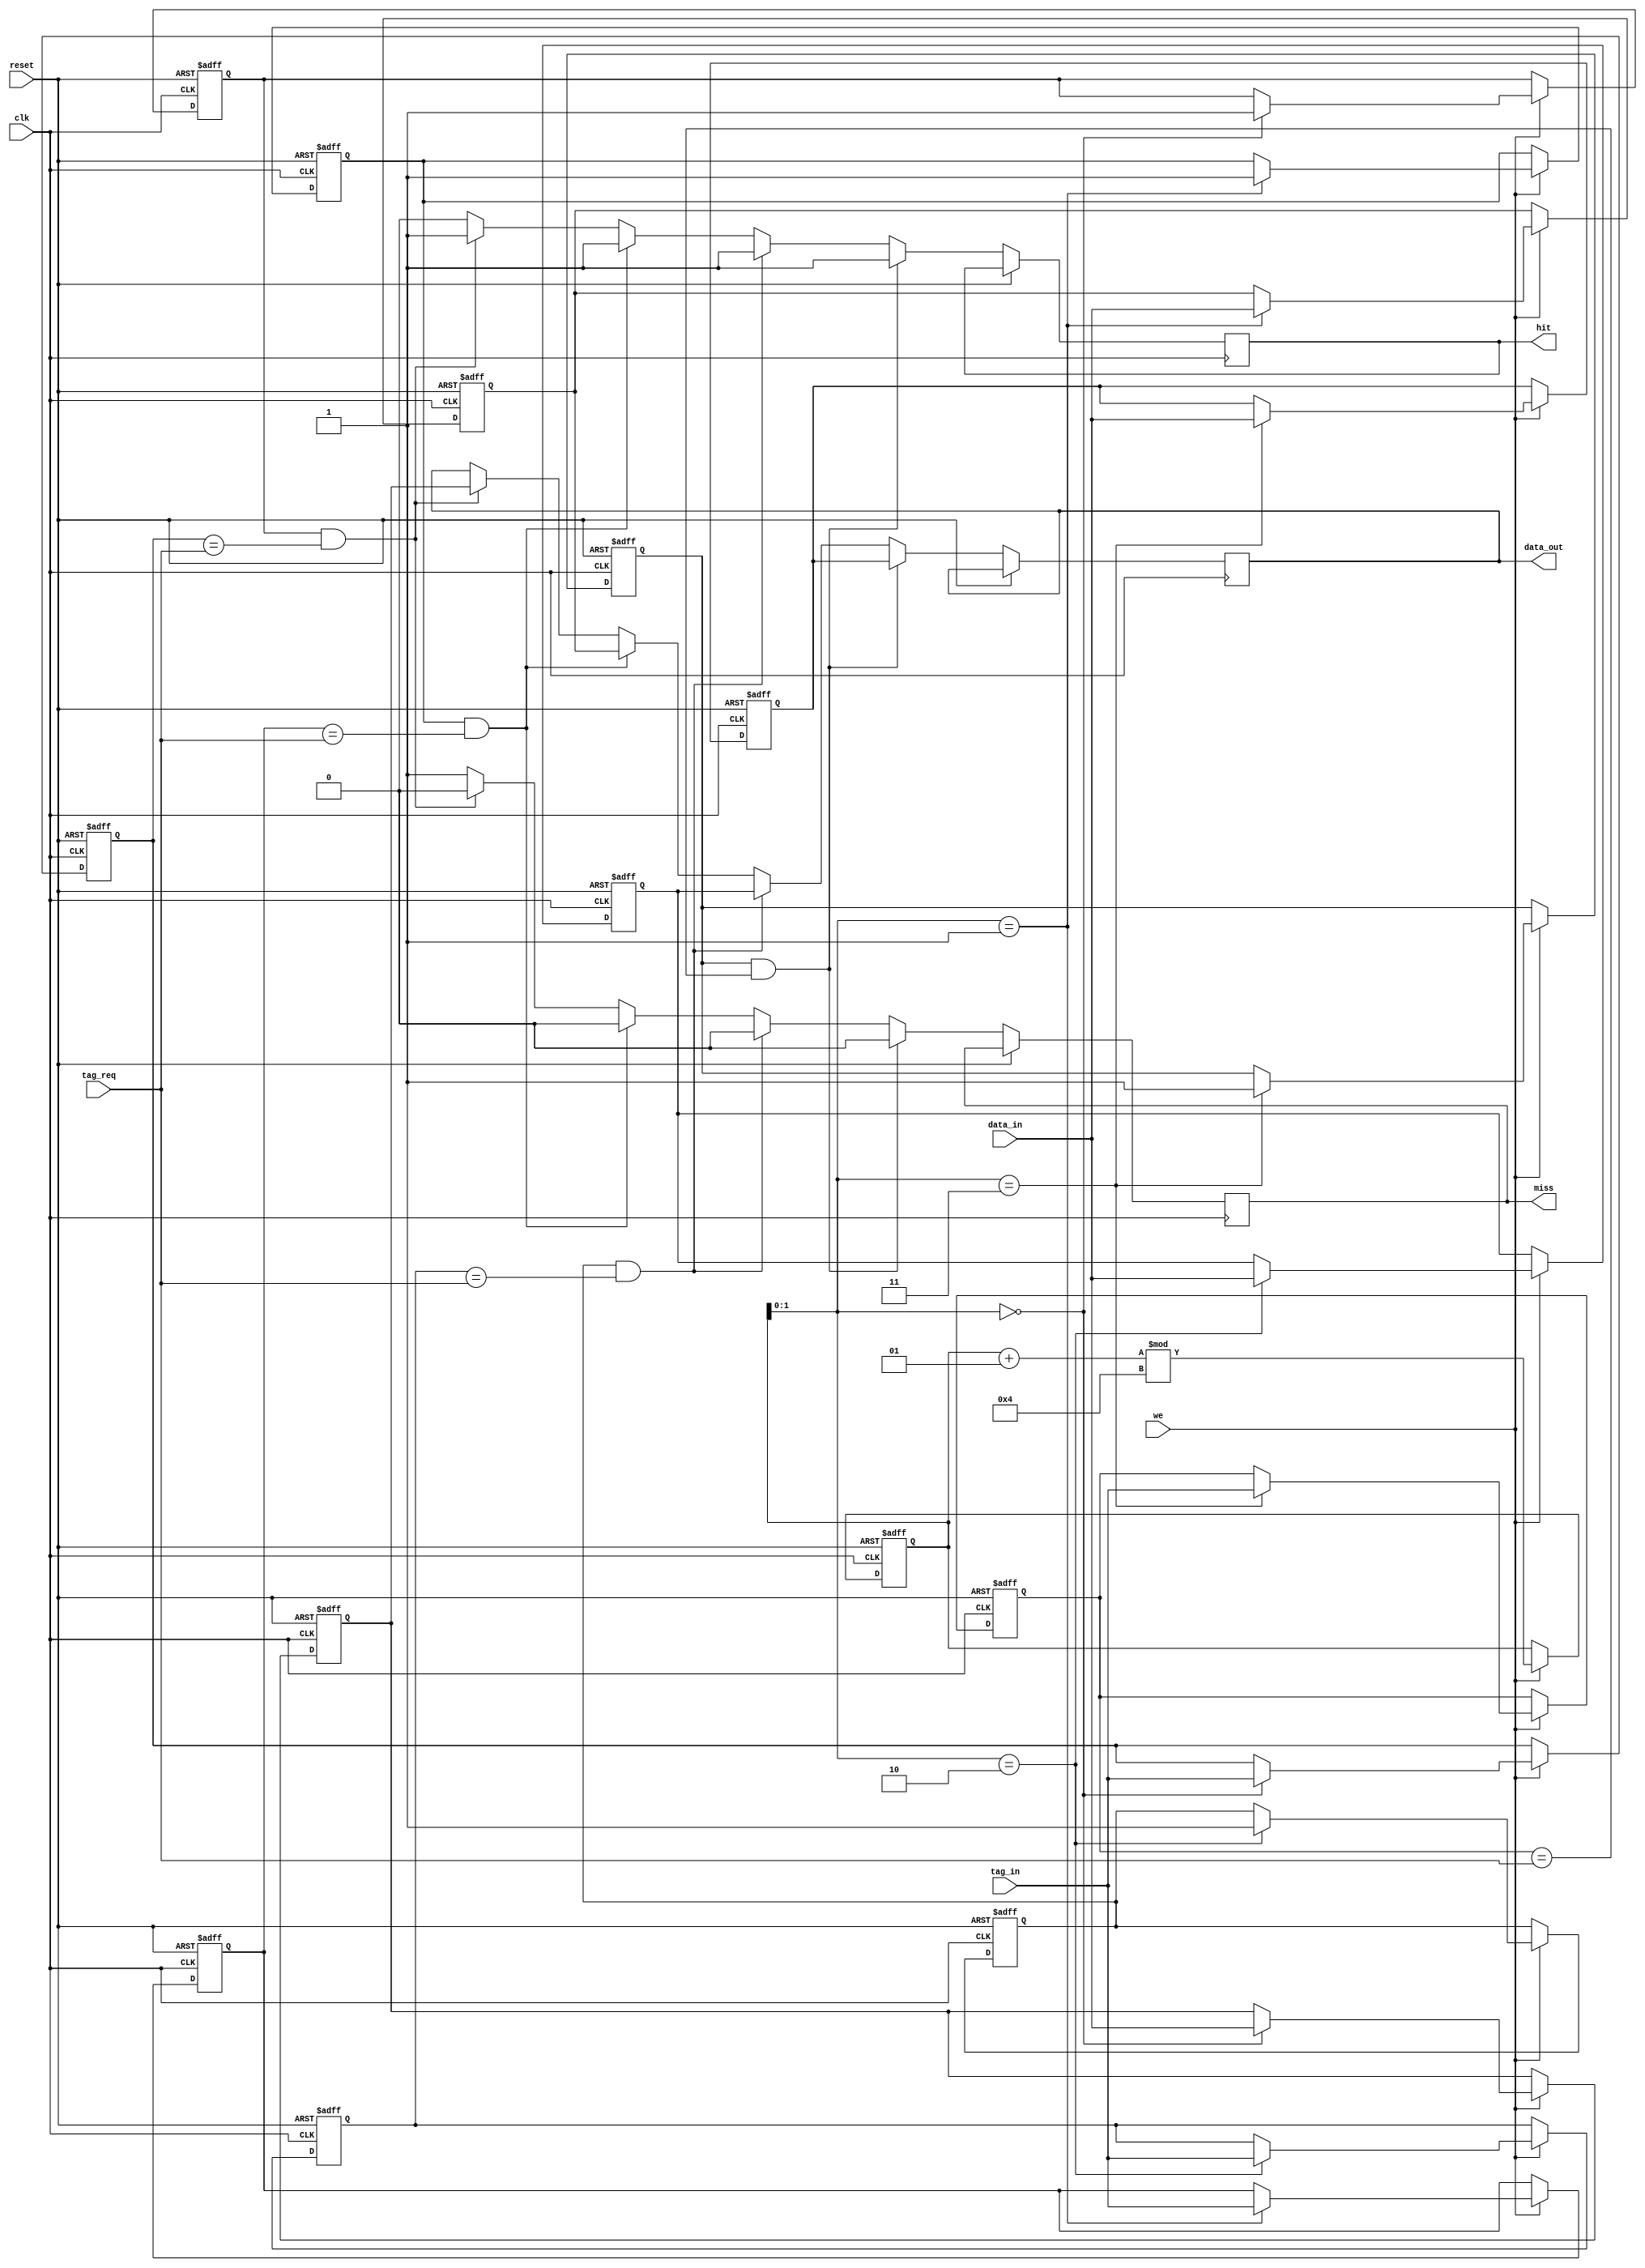
module victim_cache #(
    parameter CACHE_SIZE = 4,       // Number of lines in the victim cache
    parameter LINE_SIZE = 32,        // Size of each cache line in bytes
    parameter TAG_SIZE = 10           // Size of the tag in bits
)(
    input wire clk,
    input wire reset,
    input wire we,                    // Write enable for eviction
    input wire [TAG_SIZE-1:0] tag_in, // Tag of the evicted data
    input wire [LINE_SIZE-1:0] data_in, // Data to be written to the cache
    input wire [TAG_SIZE-1:0] tag_req, // Tag of the requested data
    output reg [LINE_SIZE-1:0] data_out, // Data output on hit
    output reg hit,                  // Hit signal
    output reg miss                  // Miss signal
);

    // Cache line structure
    reg [TAG_SIZE-1:0] tags [0:CACHE_SIZE-1];  // Tag storage
    reg [LINE_SIZE-1:0] data [0:CACHE_SIZE-1];  // Data storage
    reg valid [0:CACHE_SIZE-1];                  // Valid bits
    integer i;
    integer fifo_ptr; // Pointer for FIFO replacement

    // Initialize cache
    always @(posedge clk or posedge reset) begin
        if (reset) begin
            for (i = 0; i < CACHE_SIZE; i = i + 1) begin
                valid[i] <= 1'b0;     // Invalidate all lines
                tags[i] <= {TAG_SIZE{1'b0}}; // Clear tags
                data[i] <= {LINE_SIZE{1'b0}}; // Clear data
            end
            fifo_ptr <= 0; // Reset FIFO pointer
        end else begin
            // Eviction logic
            if (we) begin
                if (valid[fifo_ptr]) begin
                    // Replace existing line
                    valid[fifo_ptr] <= 1'b1; // Mark as valid
                    tags[fifo_ptr] <= tag_in; // Store new tag
                    data[fifo_ptr] <= data_in; // Store new data
                end else begin
                    // Fill empty line
                    valid[fifo_ptr] <= 1'b1; // Mark as valid
                    tags[fifo_ptr] <= tag_in; // Store new tag
                    data[fifo_ptr] <= data_in; // Store new data
                end
                // Update FIFO pointer
                fifo_ptr <= (fifo_ptr + 1) % CACHE_SIZE;
            end

            // Access logic
            hit <= 1'b0;
            miss <= 1'b1;
            for (i = 0; i < CACHE_SIZE; i = i + 1) begin
                if (valid[i] && (tags[i] == tag_req)) begin
                    data_out <= data[i]; // Output data on hit
                    hit <= 1'b1;          // Set hit signal
                    miss <= 1'b0;        // Reset miss signal
                end
            end
        end
    end

endmodule